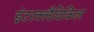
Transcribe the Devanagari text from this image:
इंटरक्लैविकिल